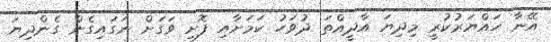
އޭނާ ހައްޔަރުކުރީ މިދިޔަ އާދީއްތަ ދުވަހު ކަމަށާއި ފޮށި ވަގަށް ނަގައިގެން ގެންދިޔަ